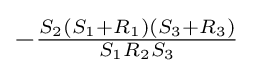
-{\tfrac {S_{2}(S_{1}+R_{1})(S_{3}+R_{3})}{S_{1}R_{2}S_{3}}}